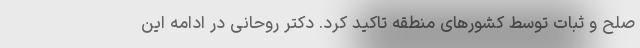
صلح و ثبات توسط کشورهای منطقه تاکید کرد. دکتر روحانی در ادامه این